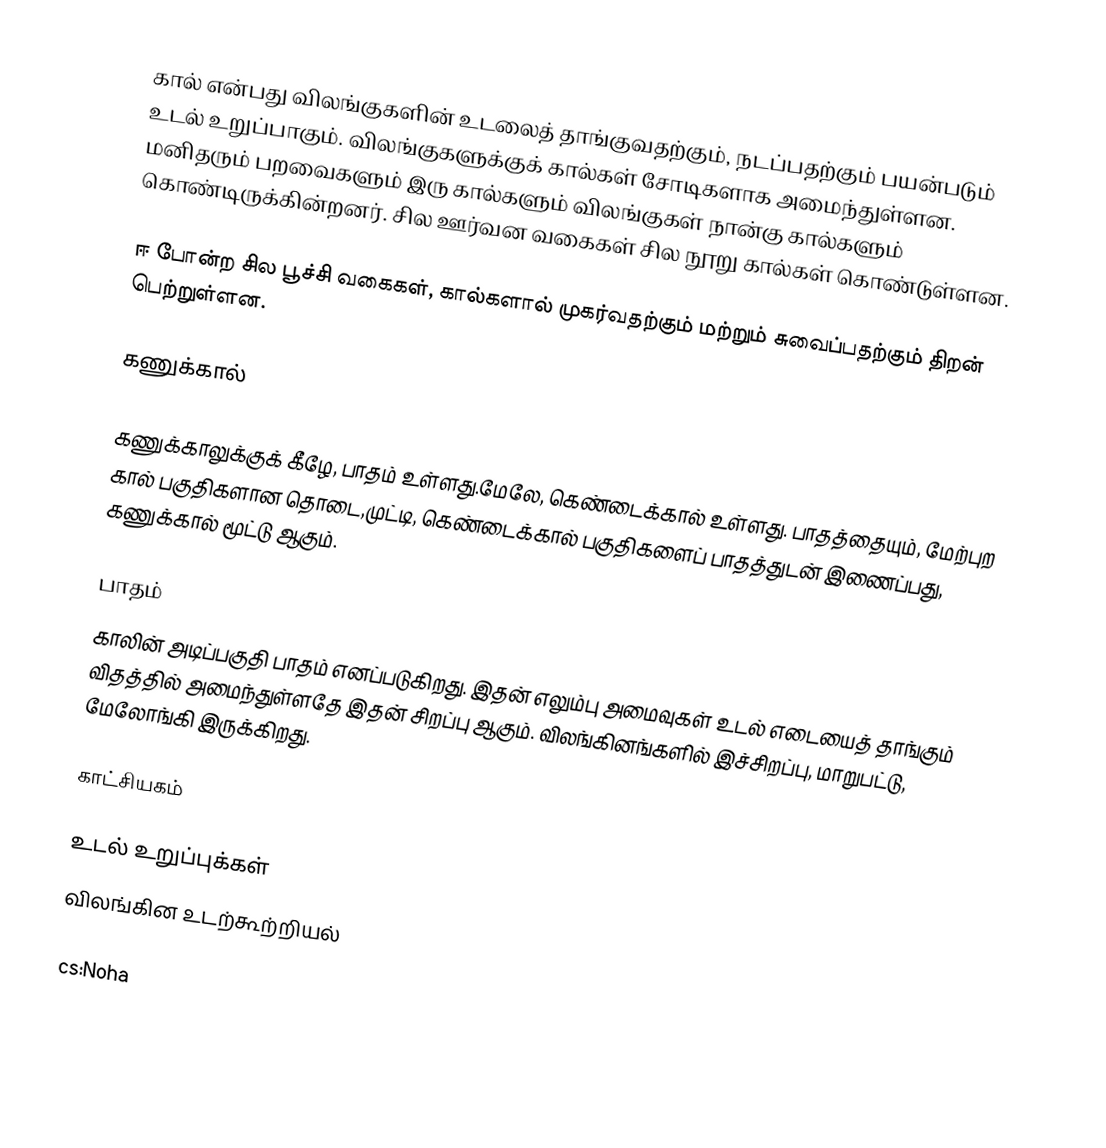
கால் என்பது விலங்குகளின் உடலைத் தாங்குவதற்கும், நடப்பதற்கும் பயன்படும் உடல் உறுப்பாகும். விலங்குகளுக்குக் கால்கள் சோடிகளாக அமைந்துள்ளன. மனிதரும் பறவைகளும் இரு கால்களும் விலங்குகள் நான்கு கால்களும் கொண்டிருக்கின்றனர். சில ஊர்வன வகைகள் சில நூறு கால்கள் கொண்டுள்ளன.

ஈ போன்ற சில பூச்சி வகைகள், கால்களால் முகர்வதற்கும் மற்றும் சுவைப்பதற்கும் திறன் பெற்றுள்ளன.

கணுக்கால்

கணுக்காலுக்குக் கீழே, பாதம் உள்ளது.மேலே, கெண்டைக்கால் உள்ளது. பாதத்தையும், மேற்புற கால் பகுதிகளான தொடை,முட்டி, கெண்டைக்கால் பகுதிகளைப் பாதத்துடன் இணைப்பது, கணுக்கால் மூட்டு ஆகும்.

பாதம்
காலின் அடிப்பகுதி பாதம் எனப்படுகிறது. இதன் எலும்பு அமைவுகள் உடல் எடையைத் தாங்கும் விதத்தில் அமைந்துள்ளதே இதன் சிறப்பு ஆகும். விலங்கினங்களில் இச்சிறப்பு, மாறுபட்டு, மேலோங்கி இருக்கிறது.

காட்சியகம்

உடல் உறுப்புக்கள்
விலங்கின உடற்கூற்றியல்

cs:Noha